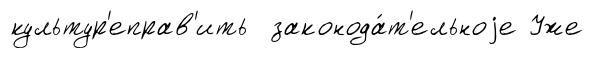
культур'еправ'ить законода́т'ельноjе Уже